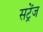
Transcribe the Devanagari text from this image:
सट्रेंज